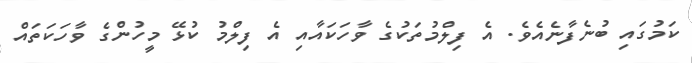
ކަމުގައި ބުނެފާނެއެވެ. އެ ފިލްމުތަކުގެ ވާހަކައާއި އެ ފިލްމު ކުޅޭ މީހުންގެ ވާހަކަތައް